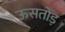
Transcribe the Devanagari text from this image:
ऊसतोड़